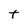
Character: t